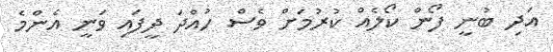
އަދި ބުނީ ފޯން ކޯލެއް ކުރުމަށް ވެސް ހުއްދަ ދީފައި ވަނީ އެންމެ